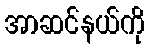
အာဆင်နယ်ကို